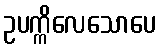
ဥပက္ကိလေသောပေ